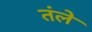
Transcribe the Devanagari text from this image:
तंले